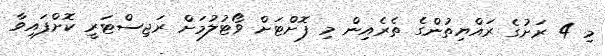
މި 4 ރަށުގެ ރައްޔިތުންގެ ތެރެއިން މި ފޮށްޓަށް ވޯޓުލުމަށް ރަޖިސްޓަރީ ކޮށްފައިވާ